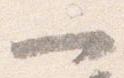
一